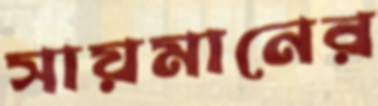
সায়মানের